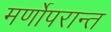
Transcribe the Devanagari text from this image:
मर्णोपरान्त